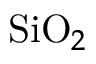
\mathrm { S i O } _ { 2 }